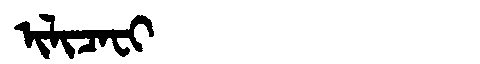
Manchu: ᡳᠯᡳᠴᠠᠸᡳ
Romanization: ILICAFI